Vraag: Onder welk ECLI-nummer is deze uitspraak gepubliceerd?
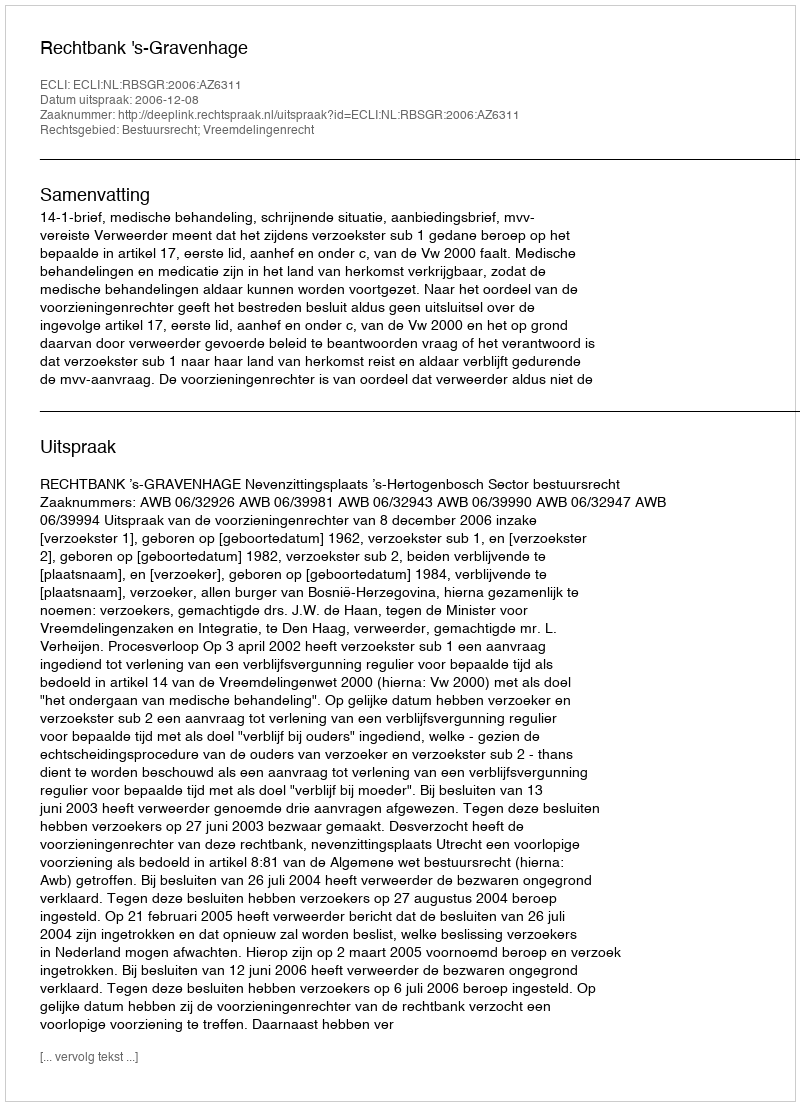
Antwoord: ECLI:NL:RBSGR:2006:AZ6311